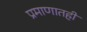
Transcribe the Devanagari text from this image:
प्रमाणातही